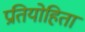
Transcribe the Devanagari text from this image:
प्रतियोहिता